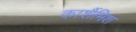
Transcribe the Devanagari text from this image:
कार्शैमिश